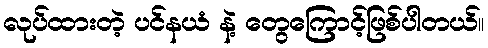
လုပ်ထားတဲ့ ပင်နယံ နဲ့ တွေကြောင့်ဖြစ်ပါတယ်။